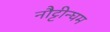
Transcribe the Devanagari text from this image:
नौट्टीन्घम